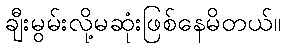
ချီးမွမ်းလို့မဆုံးဖြစ်နေမိတယ်။